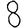
Digit: 8